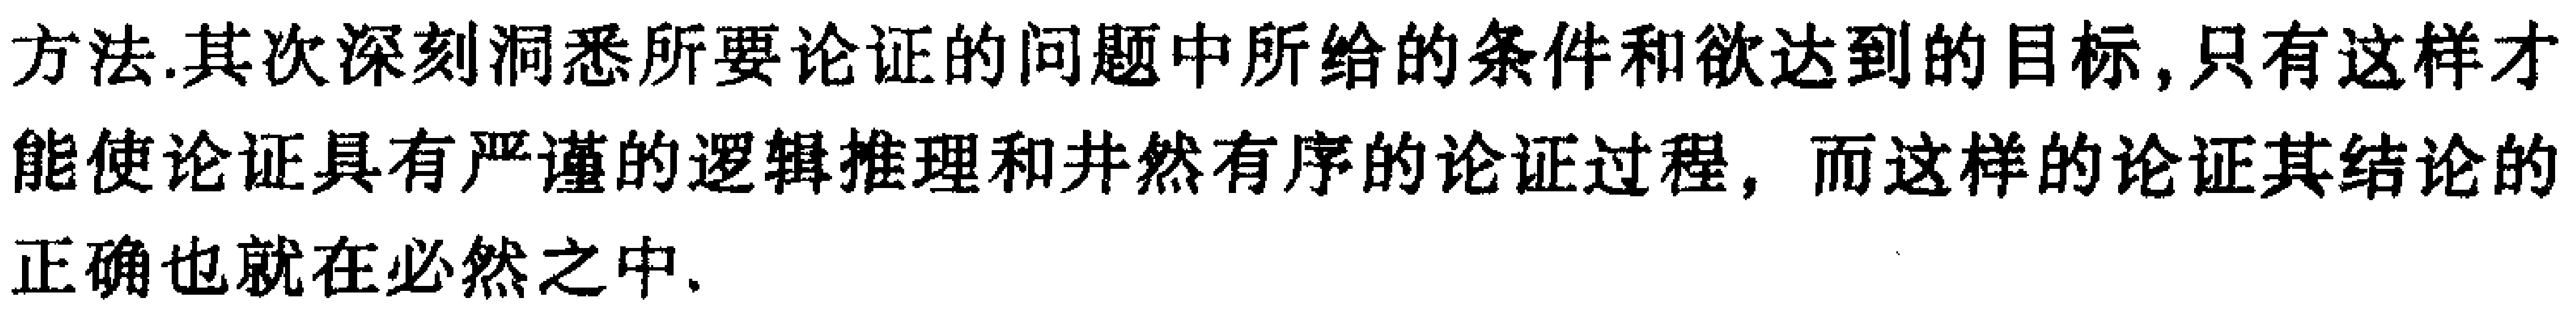
方法.其次深刻洞悉所要论证的问题中所给的条件和欲达到的目标,只有这样才能使论证具有严谨的逻辑推理和井然有序的论证过程，而这样的论证其结论的正确也就在必然之中.